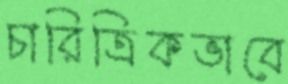
চারিত্রিকভাবে